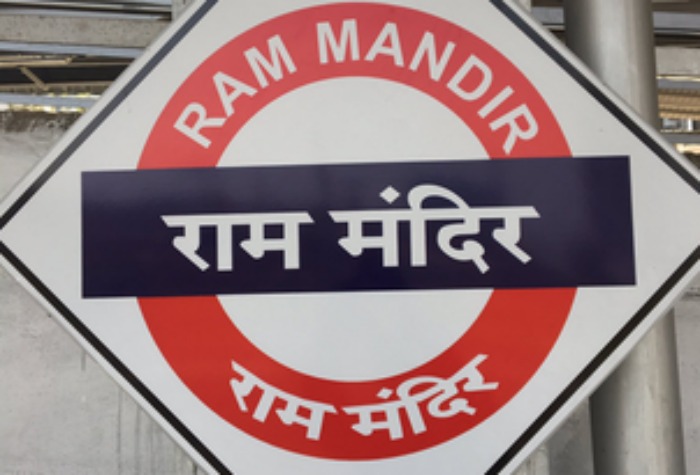
Language: marathi
Transcription: राम मंदिर